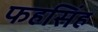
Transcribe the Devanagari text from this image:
फहसिंह